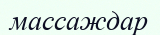
массаждар